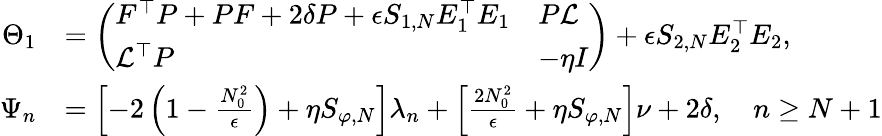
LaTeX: \begin{array}{rl}{\Theta_{1}}&{=\left(\begin{array}{ll}{F^{\top}P+PF+2\delta P+\epsilon S_{1,N}E_{1}^{\top}E_{1}}&{P\mathcal{L}}\\ {\mathcal{L}^{\top}P}&{-\eta I}\end{array}\right)+\epsilon S_{2,N}E_{2}^{\top}E_{2},}\\ {\Psi_{n}}&{=\left[-2\left(1-\frac{N_{0}^{2}}{\epsilon}\right)+\eta S_{\varphi,N}\right]\lambda_{n}+\left[\frac{2N_{0}^{2}}{\epsilon}+\eta S_{\varphi,N}\right]\nu+2\delta,\quad n\geq N+1}\end{array}